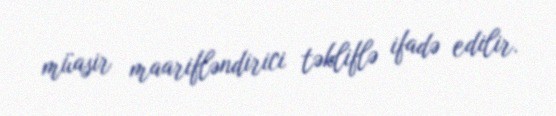
müasir maarifləndirici təkliflə ifadə edilir.